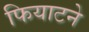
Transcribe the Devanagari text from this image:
फियाटने